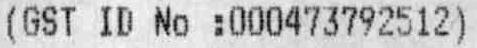
(GST ID NO :000473792512)